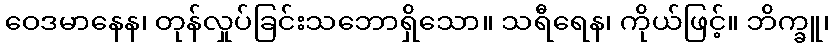
ဝေဒမာနေန၊ တုန်လှုပ်ခြင်းသဘောရှိသော။ သရီရေန၊ ကိုယ်ဖြင့်။ ဘိက္ခူ၊